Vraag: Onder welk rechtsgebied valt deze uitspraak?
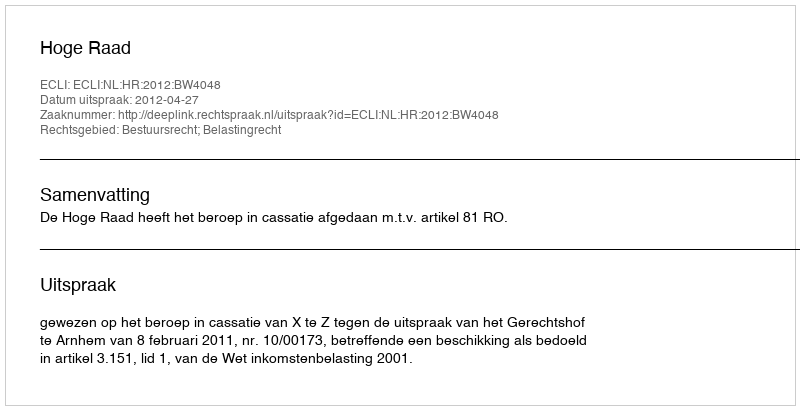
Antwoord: Bestuursrecht; Belastingrecht